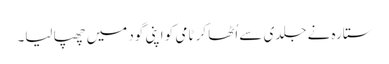
ستارہ نے جلدی سے اُٹھا کر ٹامی کو اپنی گود میں چھپا لیا۔